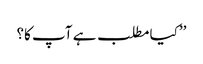
’’کیا مطلب ہے آپ کا؟